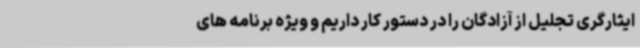
ایثارگری تجلیل از آزادگان را در دستور کار داریم و ویژه برنامه های